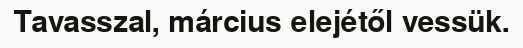
Tavasszal, március elejétől vessük.